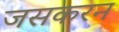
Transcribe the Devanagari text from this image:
जसकरन